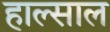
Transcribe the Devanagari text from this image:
हाल्साल